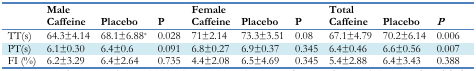
| <ROWSPAN=2>  | <COLSPAN=3> Male | <COLSPAN=3> Female | <COLSPAN=3> Total |
 | Caffeine | Placebo | P | Caffeine | Placebo | P | Caffeine | Placebo | P |
 | --- | --- | --- | --- | --- | --- | --- | --- | --- | --- |
 | TT(s) | 64.3±4.14 | 68.1±6.88* | 0.028 | 71±2.14 | 73.3±3.51 | 0.08 | 67.1±4.79 | 70.2±6.14 | 0.006 |
 | PT(s) | 6.1±0.30 | 6.4±0.6 | 0.091 | 6.8±0.27 | 6.9±0.37 | 0.345 | 6.4±0.46 | 6.6±0.56 | 0.007 |
 | FI (%) | 6.2±3.29 | 6.4±2.64 | 0.735 | 4.4±2.08 | 6.5±4.69 | 0.345 | 5.4±2.88 | 6.4±3.43 | 0.388 |